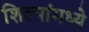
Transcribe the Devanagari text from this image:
शिल्पांमध्ये